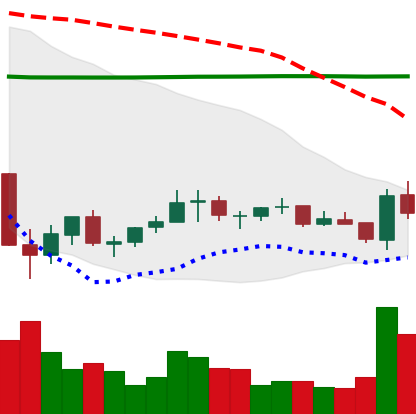
Ticker: EOS-USD
Chart end date: 2021-07-10
Forward return: -7.898%
Label: down_7plus